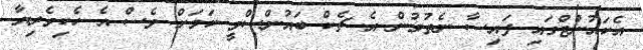
އެކައުންޓްގައި ފައިސާ ނެތުމުން އެ ޗެކް ބައުންސްވީ ކަމަށް ވެސް އެ ހެކިވެރިޔާ